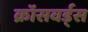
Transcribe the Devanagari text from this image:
क्रॉसवर्ड्स